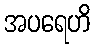
အပရေဟိ